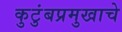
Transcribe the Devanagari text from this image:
कुटुंबप्रमुखाचे